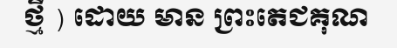
ថ្មី ) ដោយ មាន ព្រះតេជគុណ